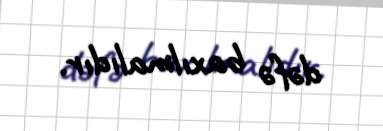
dəfə baxılmalıdır.